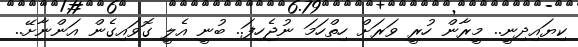
ކިޔައިދިނީ.. މީރާން ހުރީ ވަރަށް ހިތްހަމަ ނުޖެހިފަ.. ބުނީ އެލީ ގޮވައިގެން އަންނާށޭ..